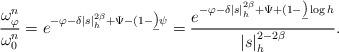
LaTeX: \begin{align*}\frac{\omega_{\varphi}^n}{\omega_0^n} =e^{-\varphi -\delta|s|_h^{2\beta}+ \Psi-(1-\b)\psi}= \frac{e^{-\varphi -\delta|s|_h^{2\beta}+ \Psi+(1-\b)\log h}}{|s|_h^{2-2\beta}}.\end{align*}